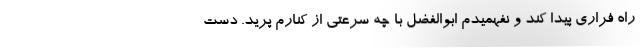
راه فراری پیدا کند و نفهمیدم ابوالفضل با چه سرعتی از کنارم پرید. دست